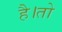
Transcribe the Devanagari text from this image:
है।तो